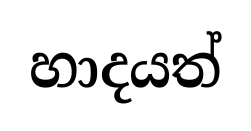
හාදයත්